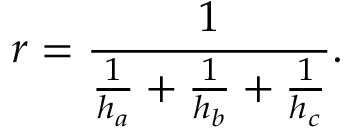
r = { \frac { 1 } { { \frac { 1 } { h _ { a } } } + { \frac { 1 } { h _ { b } } } + { \frac { 1 } { h _ { c } } } } } .